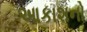
આકાશનો